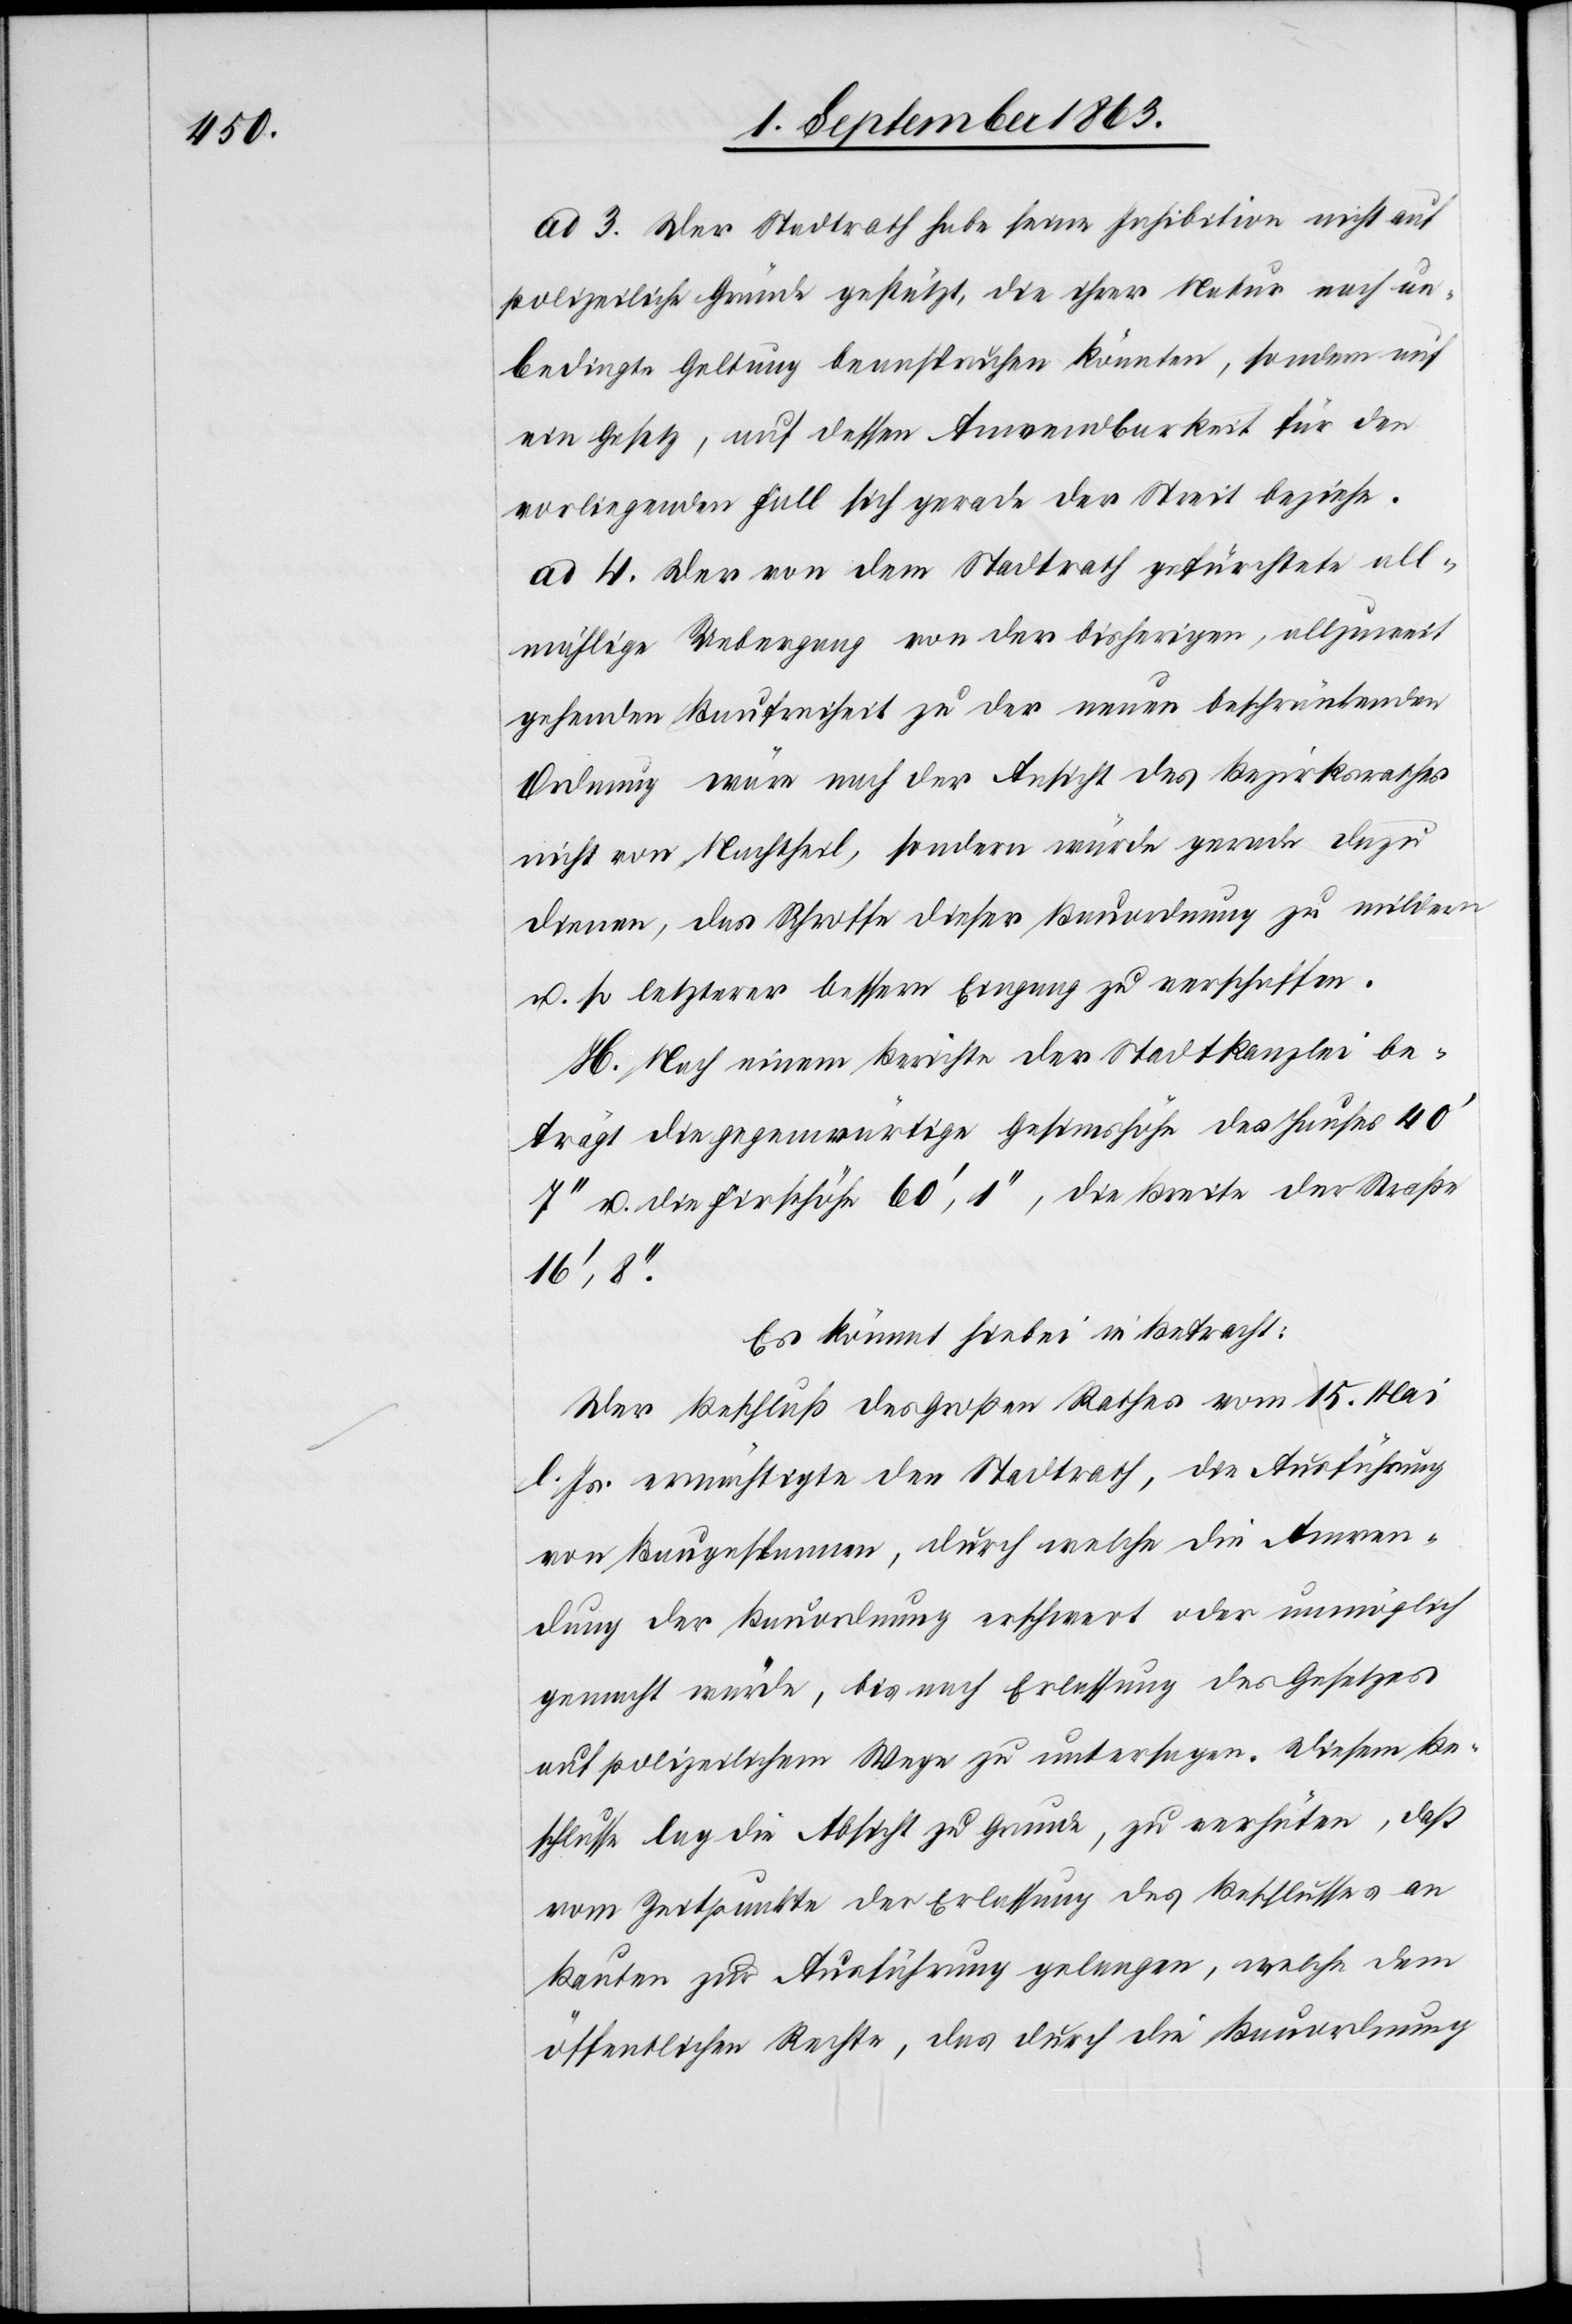
ad 3. Der Stadtrath habe seine Inhibition nicht auf
polizeiliche Gründe gestützt, die ihrer Natur nach un¬
bedingte Geltung beanspruchen könnten, sondern auf
ein Gesetz, auf dessen Anwendbarkeit für den
vorliegenden Fall sich gerade der Streit beziehe.
ad 4. Der von dem Stadtrath gefürchtete all¬
mählige Uebergang von der bisherigen, allzuweit
gehenden Baufreiheit zu der neuen beschränkenden
Ordnung wäre nach der Ansicht des Bezirksrathes
nicht von Nachtheil, sondern würde gerade dazu
dienen, das Schroffe dieser Bauordnung zu mildern
u. so letzterer bessern Eingang zu verschaffen.
H. Nach einem Berichte der Stadtkanzlei be¬
trägt die gegenwärtige Gesimshöhe des Hauses 40'
7'' u. die Firsthöhe 60', 1'', die Breite der Straße
Es kömmt hiebei in Betracht:
Der Beschluß des Großen Rathes vom a-15. 5.-a
l. Js. ermächtigte den Stadtrath, die Ausführung
von Baugespannen, durch welche die Anwen¬
dung der Bauordnung erschwert oder unmöglich
gemacht würde, bis nach Erlassung des Gesetzes
auf polizeilichem Wege zu untersagen. Diesem Be¬
schlusse lag die Absicht zu Grunde, zu verhüten, daß
vom Zeitpunkte der Erlassung des Beschlusses an
Bauten zur Ausführung gelangen, welche dem
öffentlichen Rechte, das durch die Bauordnung